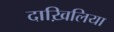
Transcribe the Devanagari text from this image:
दाख़िलिया